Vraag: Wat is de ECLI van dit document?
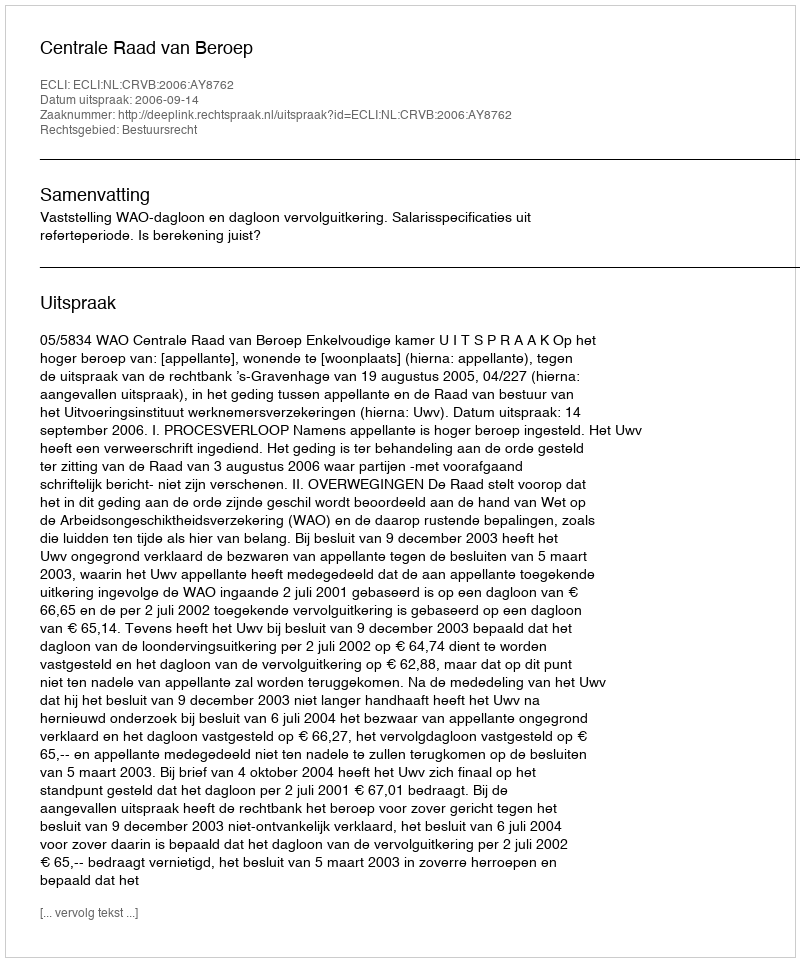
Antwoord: ECLI:NL:CRVB:2006:AY8762